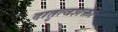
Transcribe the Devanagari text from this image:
दातृत्वशक्ती